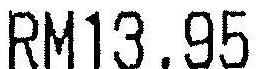
RM13.95